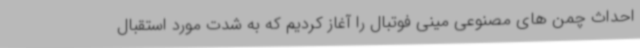
احداث چمن های مصنوعی مینی فوتبال را آغاز کردیم که به شدت مورد استقبال